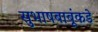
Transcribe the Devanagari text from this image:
सुभाषबाबूंकडे